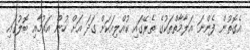
އެގޮތުން ފެންނަ އަލާމާތްތަކުގެ ތެރޭގައި ކުއްލިއަކަށް ގަދަ އަށް ހުން އައުމާއި ބޮލުގައި